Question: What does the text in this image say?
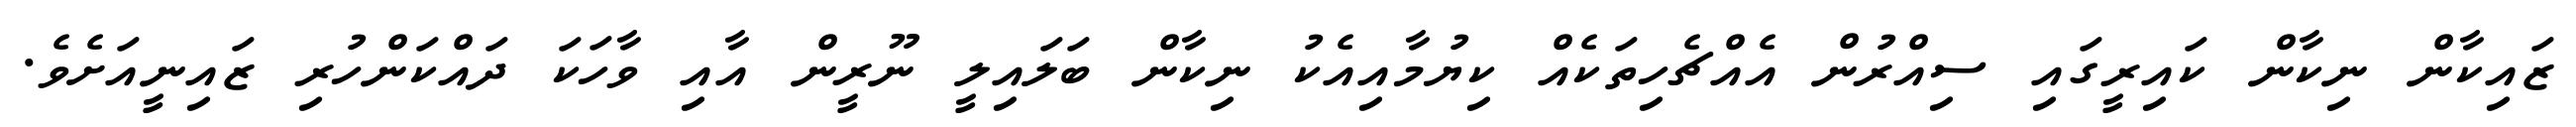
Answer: ޒައިކާން ނިކާން ކައިރީގައި ސިއްރުން އެއްޗެހިތަކެއް ކިޔުމާއިއެކު ނިކާން ބަލައިލީ ނޫރީން އާއި ވާހަކަ ދައްކަންހުރި ޒައިނީއަށެވެ.